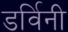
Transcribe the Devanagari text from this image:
डर्विनी